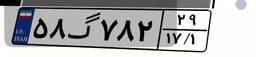
۷۴گ۹۰۵۷۰